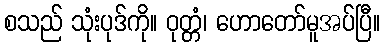
စသည် သုံးပုဒ်ကို။ ဝုတ္တံ၊ ဟောတော်မူအပ်ပြီ။